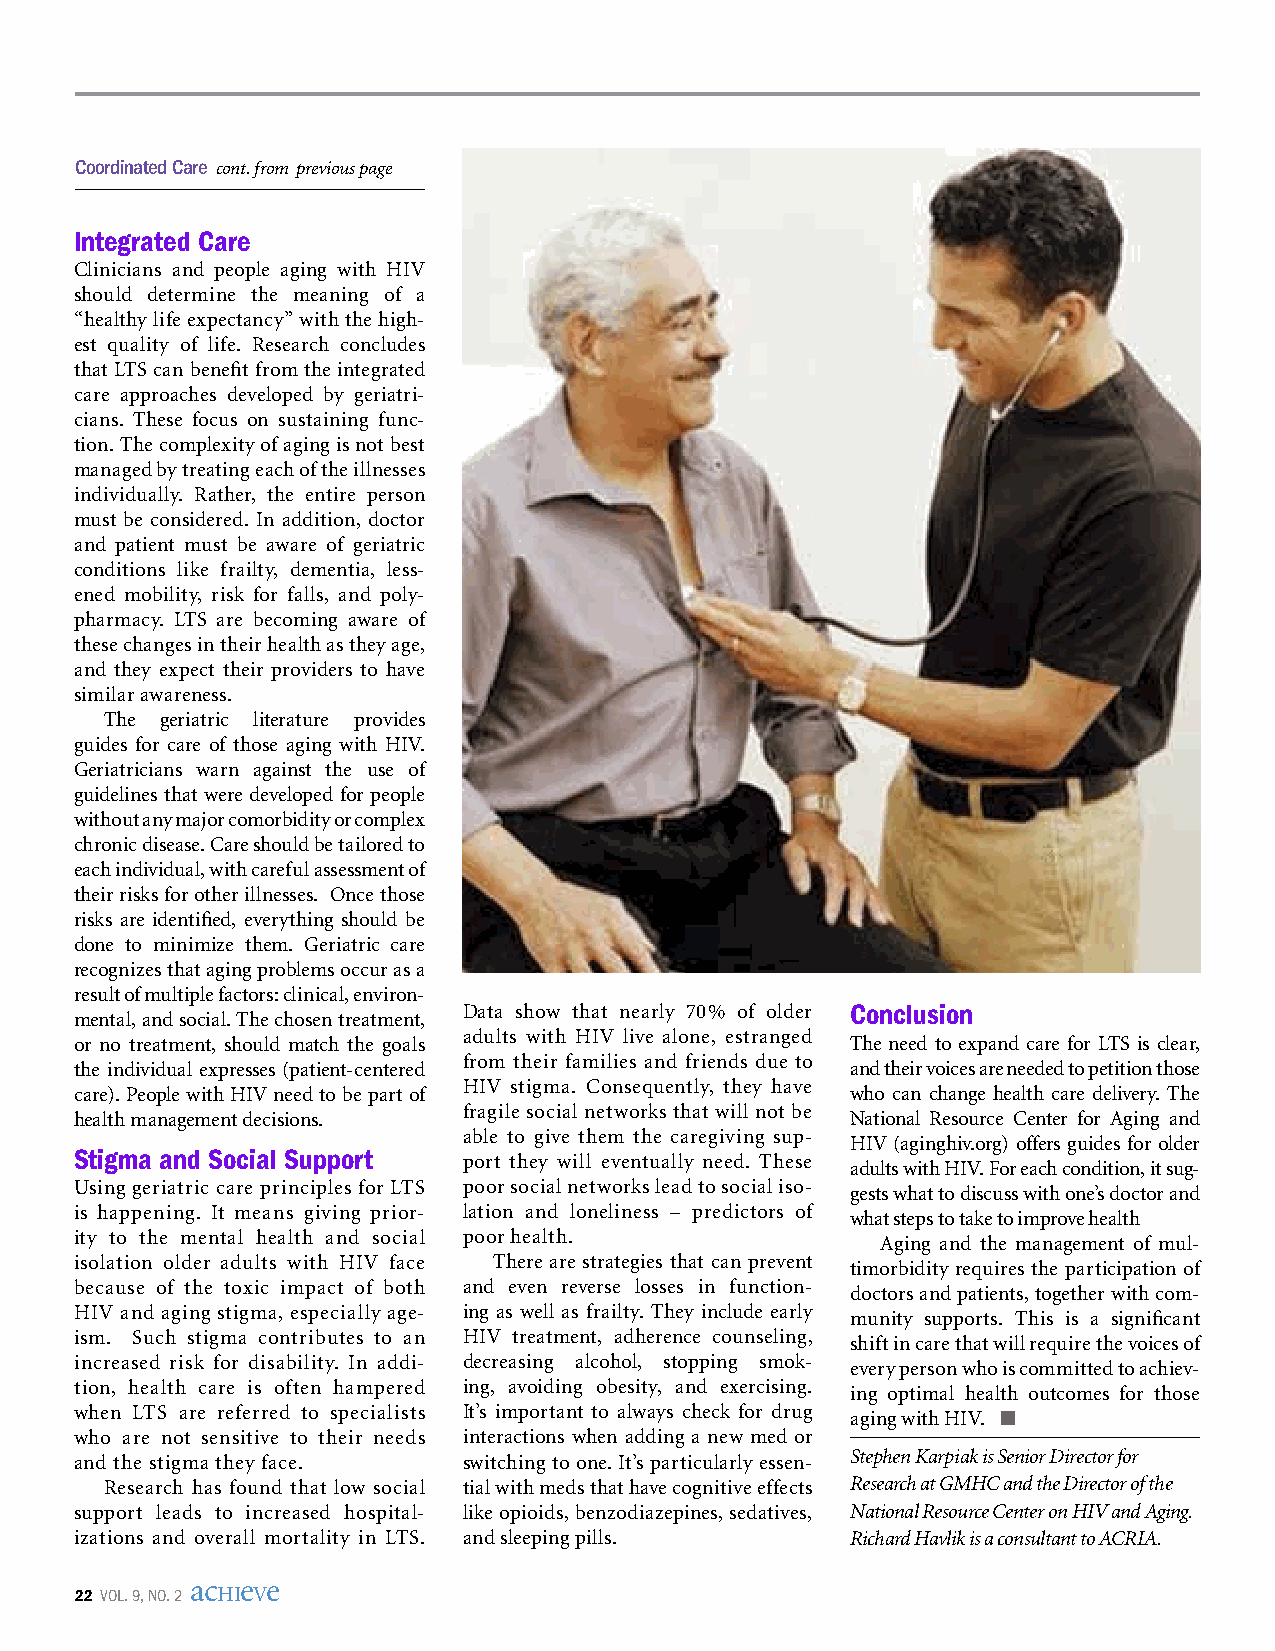
Coordinated Care cont. from previous page
 Integrated Care
 Clinicians and people aging with HIV
 should determine the meaning of a
 “healthy life expectancy” with the high-
 est quality of life. Research concludes
 that LTS can benefit from the integrated
 care approaches developed by geriatri-
 cians. These focus on sustaining func-
 tion. The complexity of aging is not best
 managed by treating each of the illnesses
 individually. Rather, the entire person
 must be considered. In addition, doctor
 and patient must be aware of geriatric
 conditions like frailty, dementia, less-
 ened mobility, risk for falls, and poly-
 pharmacy. LTS are becoming aware of
 these changes in their health as they age,
 and they expect their providers to have
 similar awareness.
 The geriatric literature provides
 guides for care of those aging with HIV.
 Geriatricians warn against the use of
 guidelines that were developed for people
 without any major comorbidity or complex
 chronic disease. Care should be tailored to
 each individual, with careful assessment of
 their risks for other illnesses. Once those
 risks are identified, everything should be
 done to minimize them. Geriatric care
 recognizes that aging problems occur as a
 result of multiple factors: clinical, environ-
 Data show that nearly 70% of older Conclusion
 mental, and social. The chosen treatment,
 or no treatment, should match the goals adults with HIV live alone, estranged The need to expand care for LTS is clear,
 the individual expresses (patient-centered from their families and friends due to and their voices are needed to petition those
 care). People with HIV need to be part of HIV stigma. Consequently, they have who can change health care delivery. The
 health management decisions. fragile social networks that will not be National Resource Center for Aging and
 able to give them the caregiving sup- HIV (aginghiv.org) offers guides for older
 Stigma and Social Support port they will eventually need. These adults with HIV. For each condition, it sug-
 Using geriatric care principles for LTS poor social networks lead to social iso- gests what to discuss with one’s doctor and
 is happening. It means giving prior- lation and loneliness – predictors of what steps to take to improve health
 ity to the mental health and social poor health.     Aging and the management of mul-
 isolation older adults with HIV face There are strategies that can prevent timorbidity requires the participation of
 because of the toxic impact of both and even reverse losses in function- doctors and patients, together with com-
 HIV and aging stigma, especially age- ing as well as frailty. They include early munity supports. This is a significant
 ism. Such stigma contributes to an HIV treatment, adherence counseling, shift in care that will require the voices of
 increased risk for disability. In addi- decreasing alcohol, stopping smok- every person who is committed to achiev-
 tion, health care is often hampered ing, avoiding obesity, and exercising. ing optimal health outcomes for those
 when LTS are referred to specialists It’s important to always check for drug aging with HIV. n
 who are not sensitive to their needs interactions when adding a new med or
 and the stigma they face. switching to one. It’s particularly essen- Stephen Karpiak is Senior Director for
 Research has found that low social tial with meds that have cognitive effects Research at GMHC and the Director of the
 support leads to increased hospital- like opioids, benzodiazepines, sedatives, National Resource Center on HIV and Aging.
 izations and overall mortality in LTS. and sleeping pills. Richard Havlik is a consultant to ACRIA.
 ac e e
 22 vol. 9, no. 2 HI V